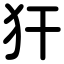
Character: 犴